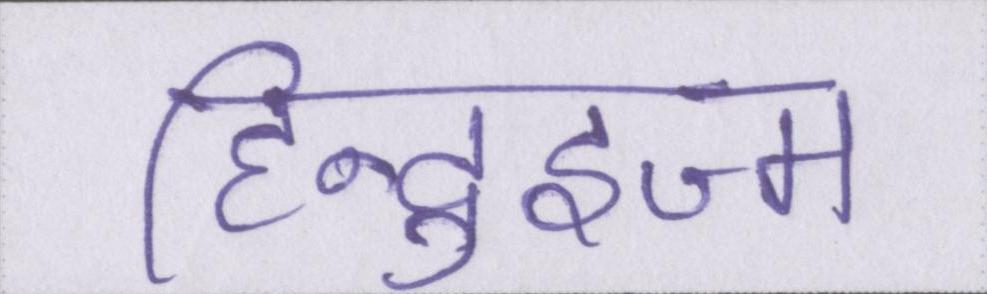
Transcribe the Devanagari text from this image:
हिन्दुइज्म